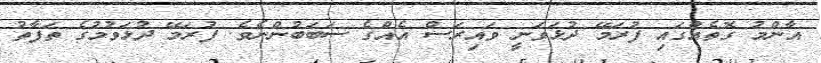
އާންމު ގޮތެއްގައި ފުރަމޭ ދުޅަވަނީ ވައިރަސް އެއްގެ ސަބަބުންނެވެ. ފުރަމޭ ދުޅަވުމުގެ ތަފާތު